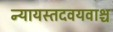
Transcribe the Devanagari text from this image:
न्यायस्तदवयवाश्च